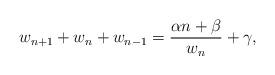
LaTeX: \begin{align*}w_{n+1}+w_n + w_{n-1} = \frac{\alpha n + \beta}{w_n} + \gamma,\end{align*}